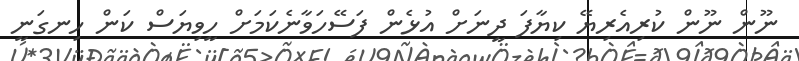
ނޫން ނޫން ކުރިއެރިޔޭ ކިޔާފަ ދީނަށް އުޅެން ފަސޭހަވާނެކަމަށް ހީވިޔަސް ކަން ހިނގަނީ